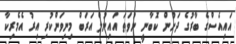
އައިއެސްގެ ބާރުގެ ދަށުން ކޮބާނީ ނުވަތަ އައިނުލް އަރަބް މިނިވަންކުރި އިރު އެމެރިކާ